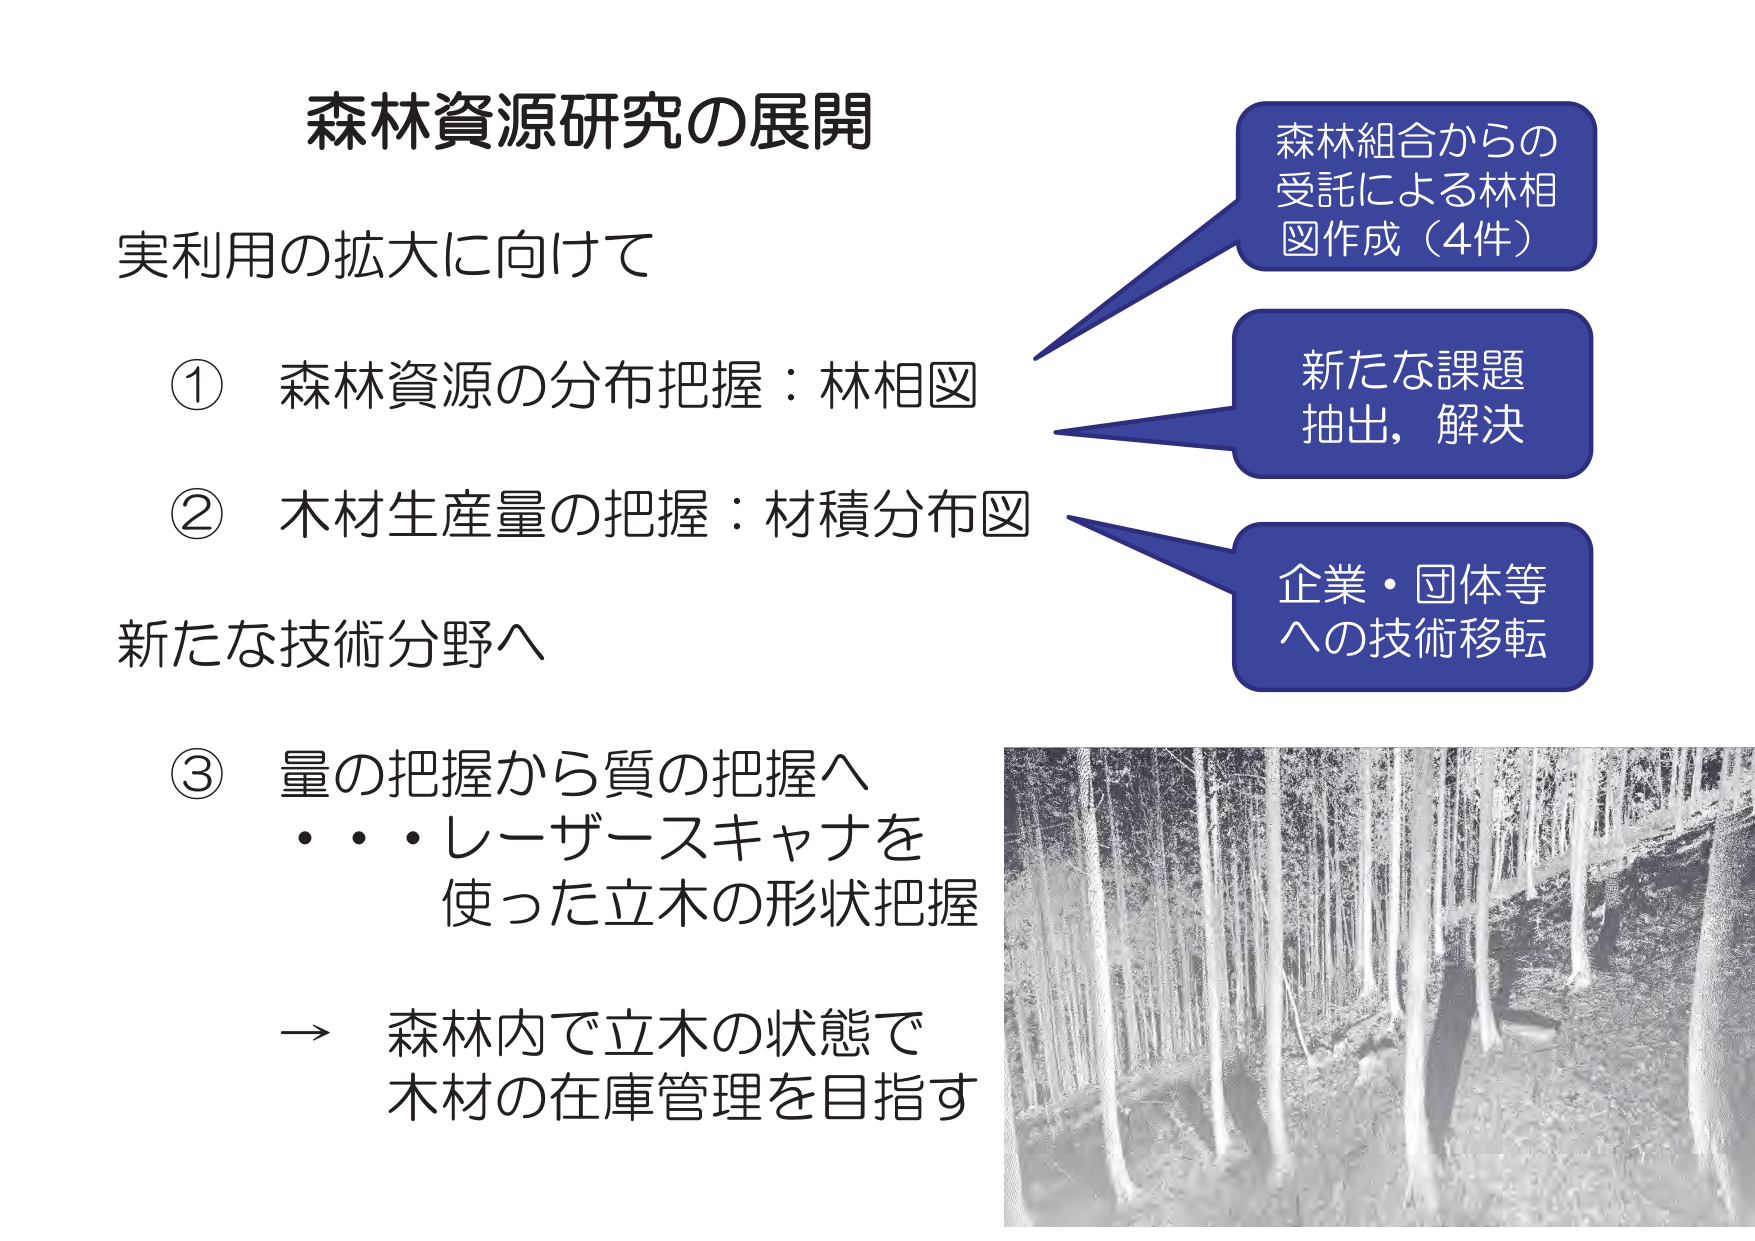
森林資源研究の展開

実利用の拡大に向けて

① 森林資源の分布把握：林相図

② 木材生産量の把握：材積分布図

新たな技術分野へ

③ 量の把握から質の把握へ
・ ・ ・ レーザースキャナを使った立木の形状把握

→ 森林内で立木の状態で
木材の在庫管理を目指す

森林組合からの
受託による林相
図作成（4件）

新たな課題
抽出，解決

企業・団体等
への技術移転